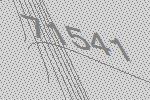
71541